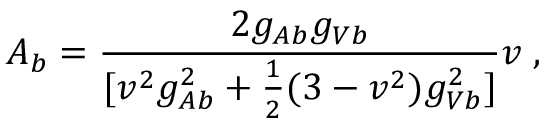
A _ { b } = \frac { 2 g _ { A b } g _ { V b } } { [ v ^ { 2 } g _ { A b } ^ { 2 } + \frac { 1 } { 2 } ( 3 - v ^ { 2 } ) g _ { V b } ^ { 2 } ] } v \; ,